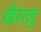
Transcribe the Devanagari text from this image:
खेरालु